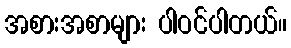
အစားအစာများ ပါဝင်ပါတယ်။